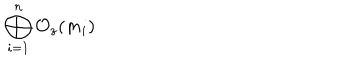
LaTeX: \bigoplus _ { i = 1 } ^ { n } { \cal O } _ { z } ( m _ { i } )